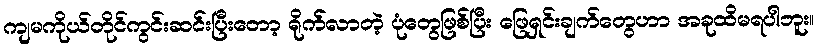
ကျမကိုယ်တိုင်ကွင်းဆင်းပြီးတော့ ရိုက်လာတဲ့ ပုံတွေဖြစ်ပြီး ဖြေရှင်းချက်တွေဟာ အခုထိမရပါဘူး။